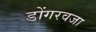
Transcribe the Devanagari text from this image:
डोंगरवजा